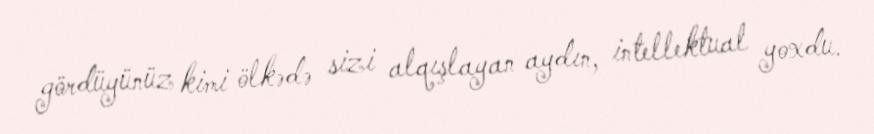
gördüyünüz kimi ölkədə sizi alqışlayan aydın, intellektual yoxdu.